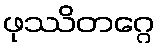
ဖုဿိတဂ္ဂေ